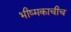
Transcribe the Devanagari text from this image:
भीष्मकाचीच